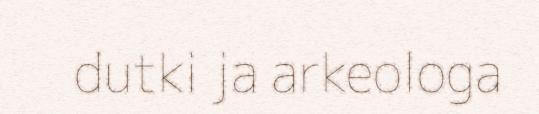
dutki ja arkeologa